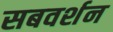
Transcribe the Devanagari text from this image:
सबवर्शन